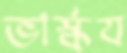
ভার্স্কয